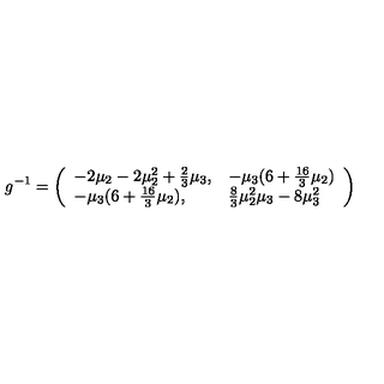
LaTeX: g ^ { - 1 } = \left( \begin{array} { l l } { - 2 \mu _ { 2 } - 2 \mu _ { 2 } ^ { 2 } + \frac 2 3 \mu _ { 3 } , } & { - \mu _ { 3 } ( 6 + \frac { 1 6 } { 3 } \mu _ { 2 } ) } \\ { - \mu _ { 3 } ( 6 + \frac { 1 6 } { 3 } \mu _ { 2 } ) , } & { \frac 8 3 \mu _ { 2 } ^ { 2 } \mu _ { 3 } - 8 \mu _ { 3 } ^ { 2 } } \\ \end{array} \right)